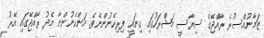
ޒަމާނުއްސުރެ ރާއްޖޭގެ ސިޔާސީ މަޝްރަހުގައި ގިނައީ ފިރިހެނުންނެވެ. އަންހެނުންނާ މެދު ރާއްޖޭގައި އޭރު